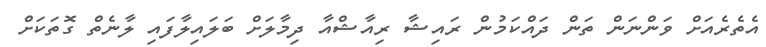
އެތެރެއަށް ވަންނަން ތަން ދައްކަމުން ރައިޝާ ރިއާޝްއާ ދިމާލަށް ބަލައިލާފައި ލާނެތް ގޮތަކަށް